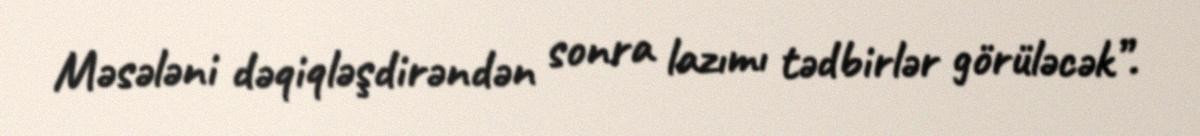
Məsələni dəqiqləşdirəndən sonra lazımı tədbirlər görüləcək”.